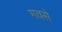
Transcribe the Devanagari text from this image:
गवसे